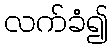
လက်ခံ၍